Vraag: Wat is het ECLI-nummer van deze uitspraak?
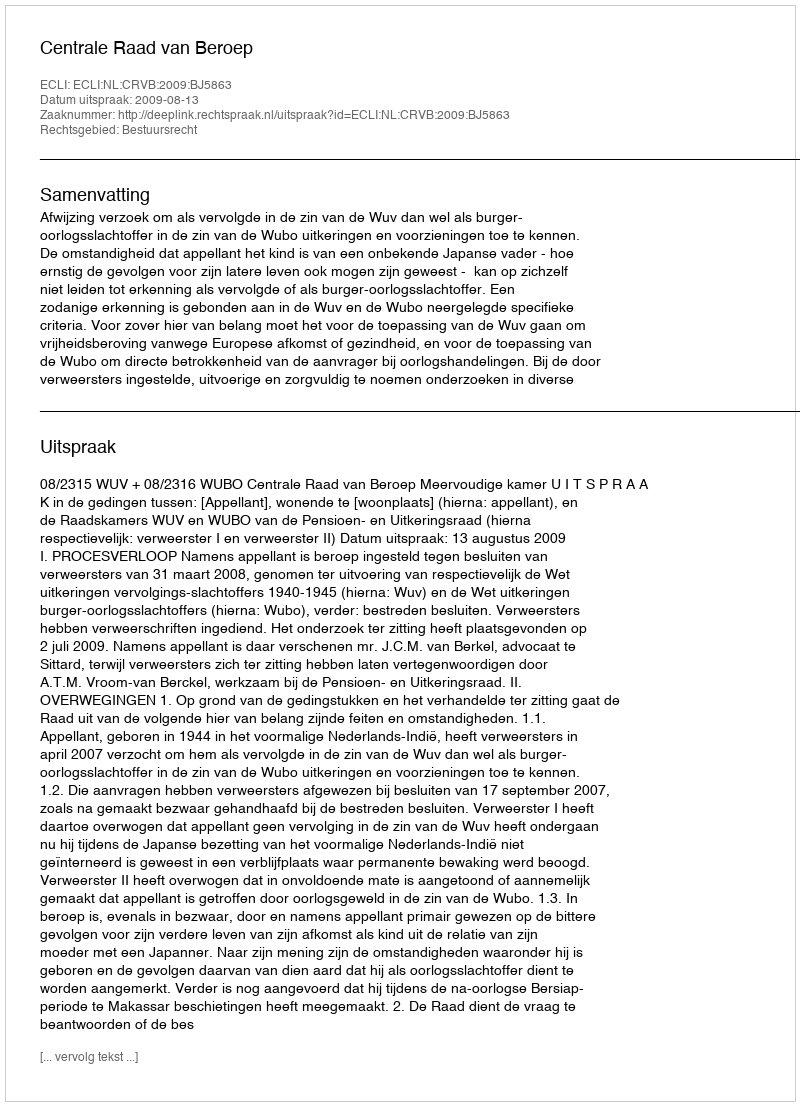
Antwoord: ECLI:NL:CRVB:2009:BJ5863